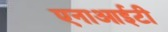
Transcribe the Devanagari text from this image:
एनाआईटी